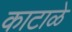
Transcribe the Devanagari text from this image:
काटाळे